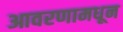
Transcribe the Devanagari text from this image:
आवरणामधून